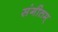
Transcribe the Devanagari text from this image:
संगीतम्‌